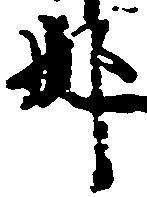
那